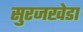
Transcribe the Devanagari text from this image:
सुरजखेडा